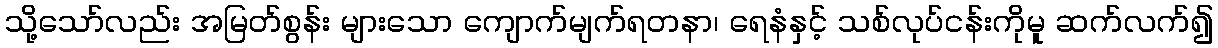
သို့သော်လည်း အမြတ်စွန်း များသော ကျောက်မျက်ရတနာ၊ ရေနံနှင့် သစ်လုပ်ငန်းကိုမူ ဆက်လက်၍